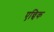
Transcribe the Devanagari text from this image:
एन्चिक